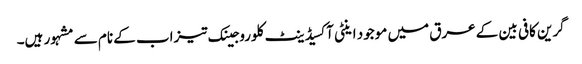
گرین کافی بین کے عرق میں موجود اینٹی آکسیڈینٹ کلوروجینک تیزاب کے نام سے مشہور ہیں۔